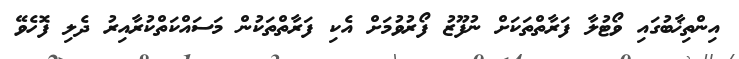
އިންތިޚާބުގައި ވޯޓުލާ ފަރާތްތަކަށް ނުފޫޒު ފޯރުވުމަށް އެކި ފަރާތްތަކުން މަސައްކަތްކުރާއިރު ދެލި ފޮހެވޭ